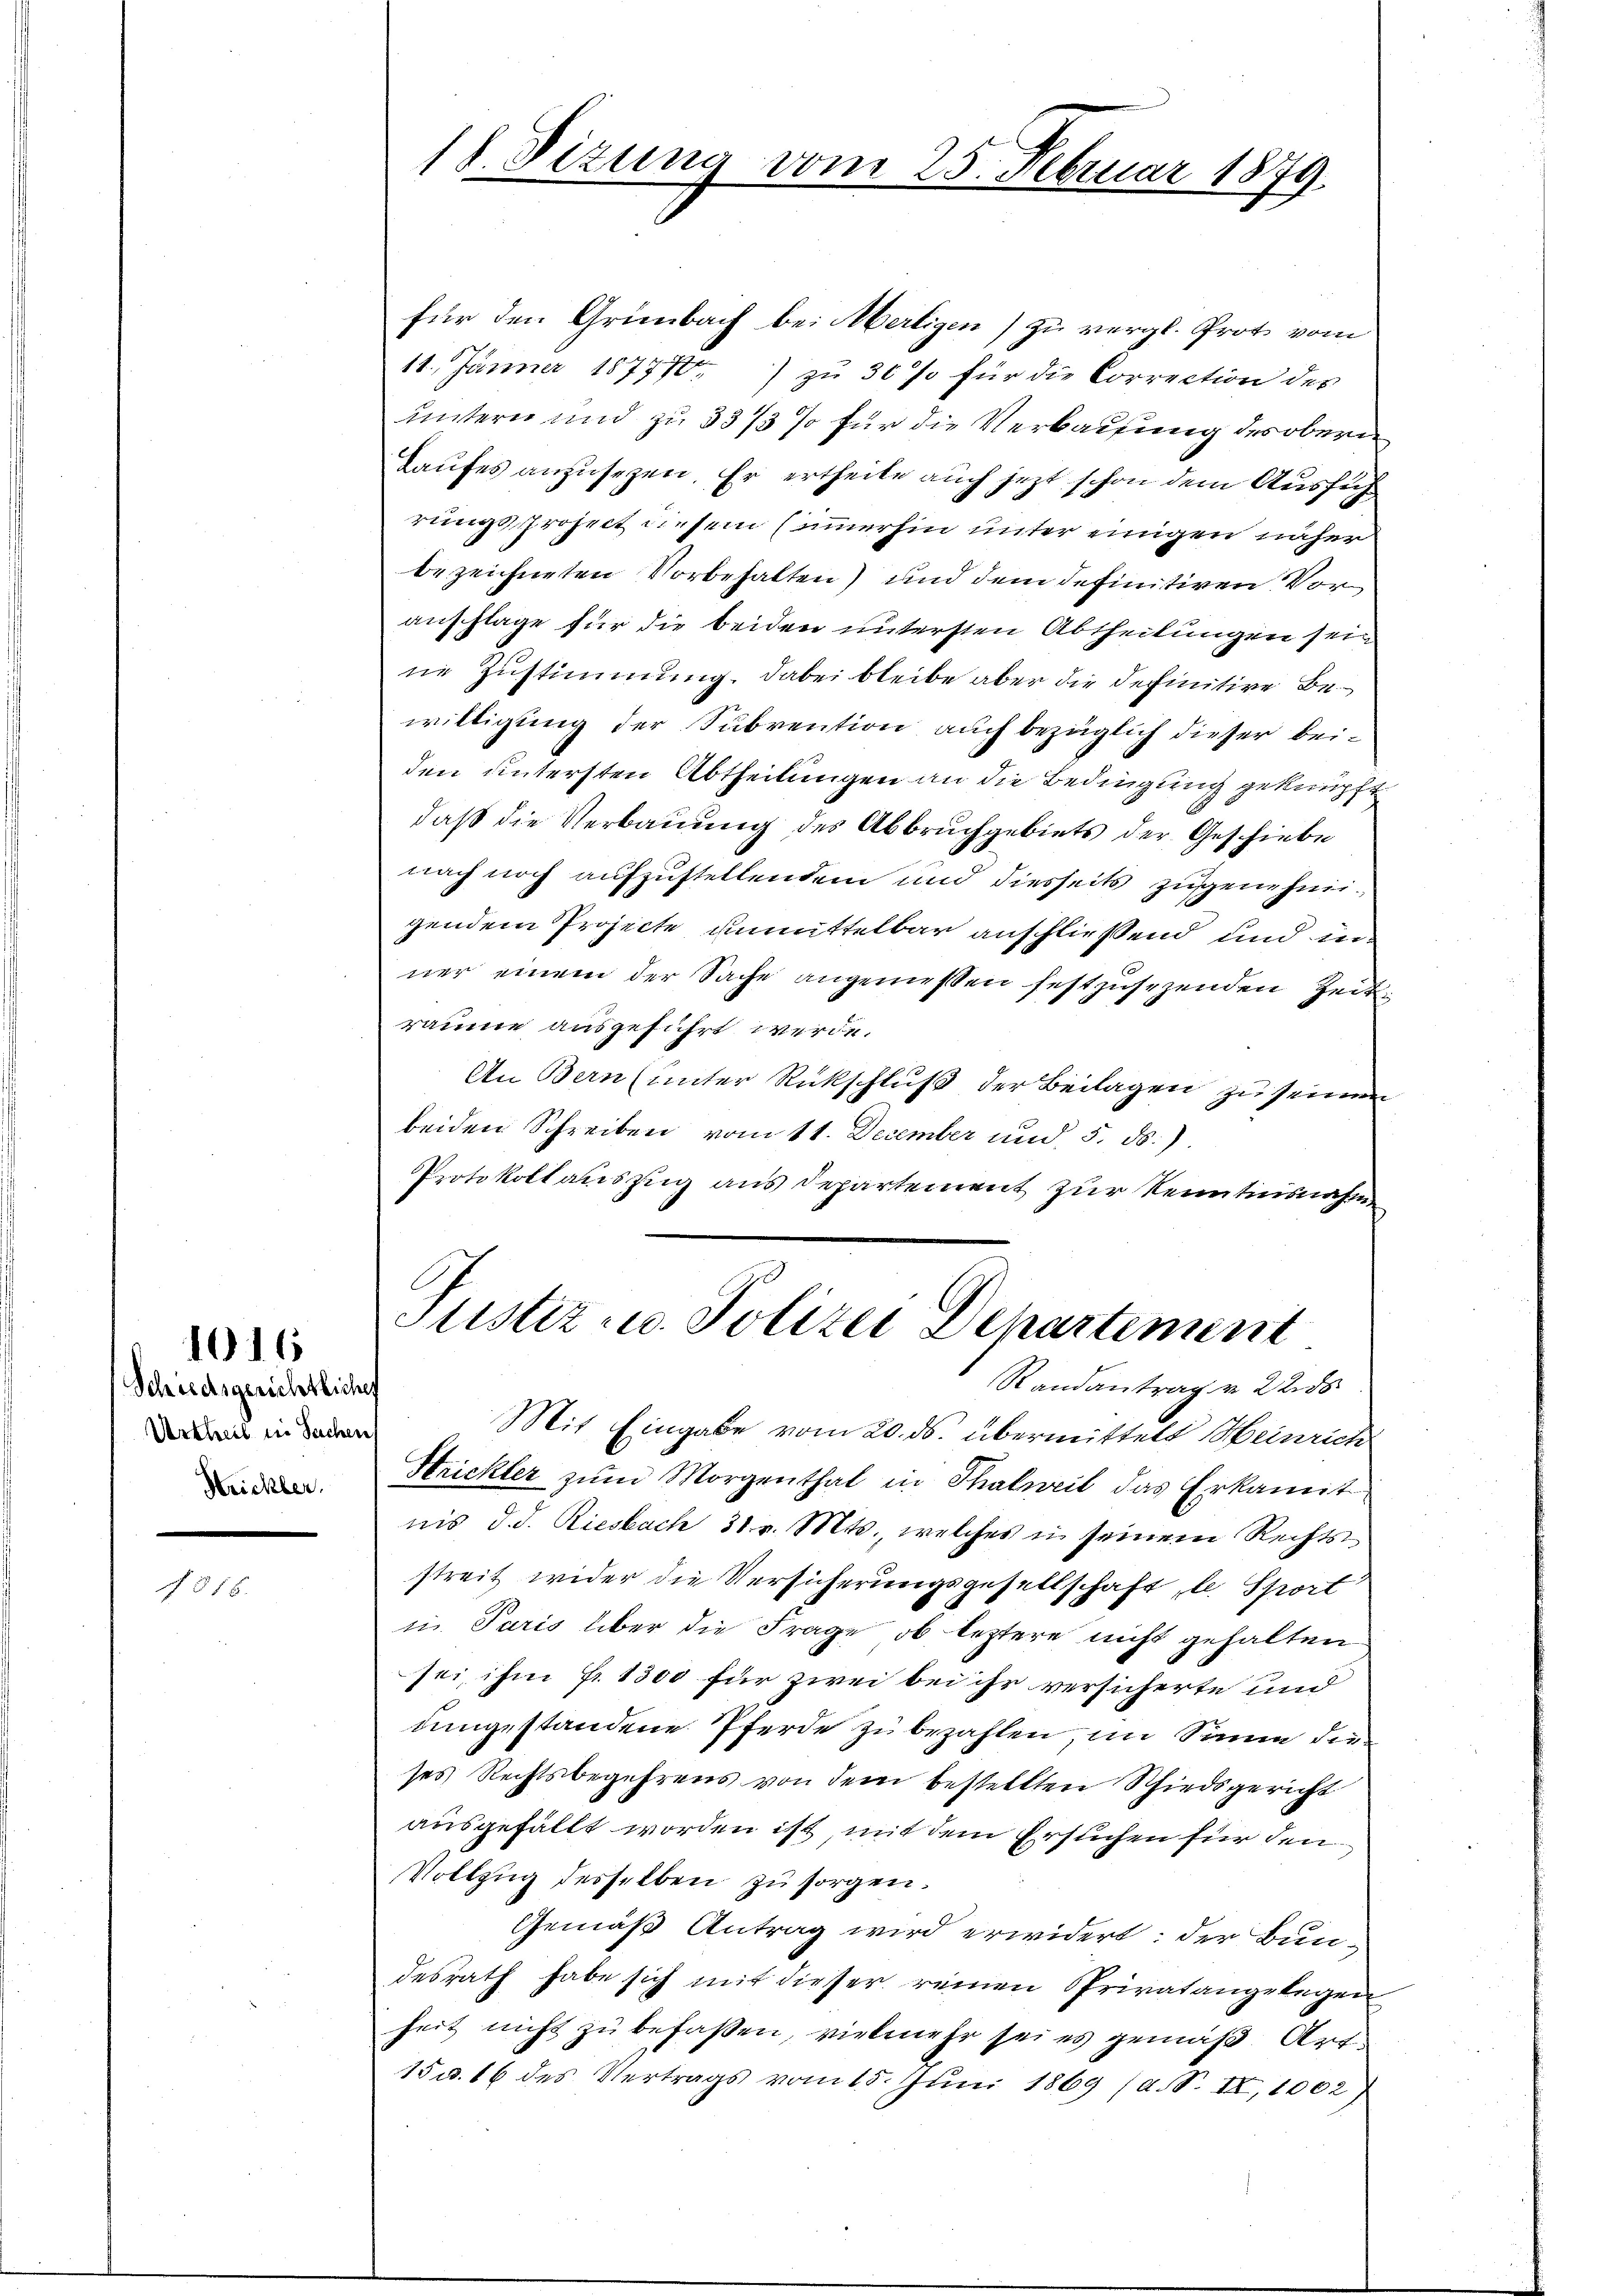
Schiedsgerichtlicher
Urtheil in Sachen,
Strickler.

1016

§ 516.

18. Sizung vom 25. Februar 1879.

für den Grünbach bei Merligen) zu vergl. Prot vom
11. Jänner 187770. zŭ 30% für die Correction des
untern und zu 33/3 % für die Verbauung des obern
kaufes anzusezen. Er ertheile auch jezt schon dem Ausführungsprosect diesem Zimmerhin unter einigen näher
bezeichneten Vorbehalten) und dem definitiven Vor
anschlage für die beiden untersten Abtheilungen sein
ne Zustimmung, dabei bleibe aber die definitive Bewilligung der Subvention auch bezüglich dieser beiden untersten Abtheilungen an die Bedingung geknüpft
daß die Verbauung des Abbruchgebiets der Geschiebe
nach noch aufzustellendem und diesseits zugenehmigendem Projecte unmittelbar anschließend und in
ner einem der Sache angemessen festzusezenden Zeiträume ausgeführt werde.
An Bern (unter Rückschluß der Beilagen zu seinen
beiden Schreiben vom 11. December und 5. ds.).
Protokollauszug aus Departement zur Kenntnisnahme
Justiz u. Polizei Departement
Randantrag v. 22. ds
Mit Eingabe vom 20. ds. übermittelt Heinrich
Hrickler zŭm Morgenthal in Thalweil das Erkannt
nis d. d. Riesbach 30 v. Mts., welches in seinem Rechts-
streit wider die Versicherungsgesellschaft, le Sport
in Paris über die Frage, ob leztere nicht gehalten
sei ihm fr. 1300 für zwei bei ihr versicherte und
dungestandene Pferde zu bezahlen, im Sinne dieses Rechtsbegehrens von dem bestellten Schiedsgericht
ausgefällt worden ist mit dem Ersuchen für den
Vollzug desselben zu sorgen.
Gemäß Antrag wird erwidert: der Bundesrath habe sich mit dieser reinen Sprivatangelegen
heit nicht zu befassen, vielmehr sei es gemäß Art
15 u. 16 des Vertrags vom 15. Jŭni 1869 (d. S. II, 1002)